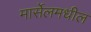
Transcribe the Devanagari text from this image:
मार्सेलमधील